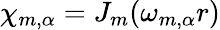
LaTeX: \chi_{m,\alpha}=J_{m}(\omega_{m,\alpha}r)